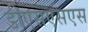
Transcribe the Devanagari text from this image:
डीएसएसएस